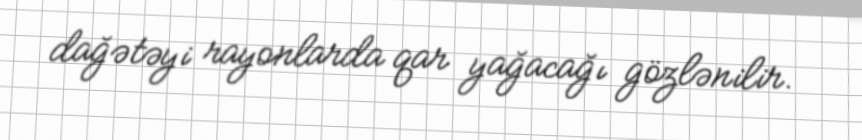
dağətəyi rayonlarda qar yağacağı gözlənilir.